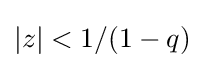
|z|<1/(1-q)